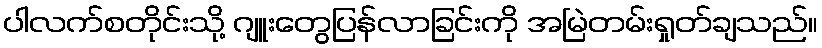
ပါလက်စတိုင်းသို့ ဂျူးတွေပြန်လာခြင်းကို အမြဲတမ်းရှုတ်ချသည်။